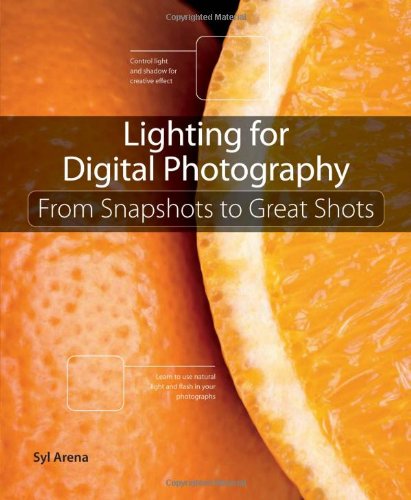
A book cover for Lighting for Digital Photography: From Snapshots to Great Shots (Using Flash and Natural Light for Portrait, Still Life, Action, and Product Photography); Syl Arena; Arts & Photography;